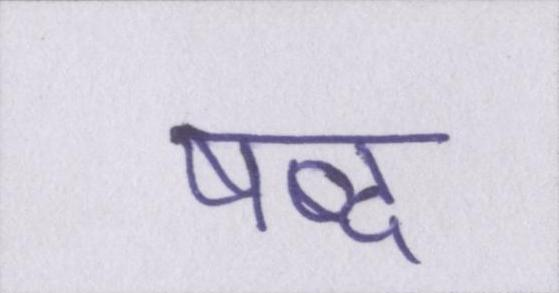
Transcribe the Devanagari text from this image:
षब्द